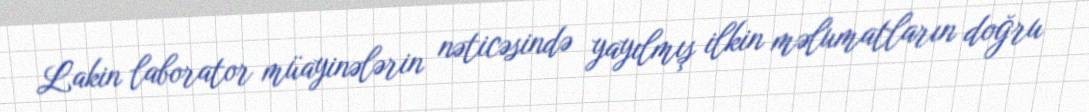
Lakin laborator müayinələrin nəticəsində yayılmış ilkin məlumatların doğru